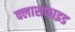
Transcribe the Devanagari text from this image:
क्लासफाइड